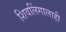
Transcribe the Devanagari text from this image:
शिवलिंगालाही